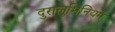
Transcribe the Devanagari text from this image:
दुरालुमिनियम